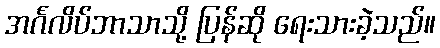
အင်္ဂလိပ်ဘာသာသို့ ပြန်ဆို ရေးသားခဲ့သည်။